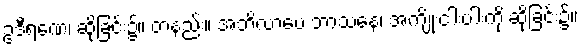
ဥဒီရဏေ၊ ဆိုခြင်း၌။ တနည်း။ အဘိလာပေ ဘာသနေ၊ အကျိုးငါးပါးကို ဆိုခြင်း၌။